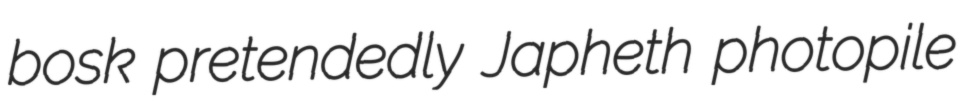
bosk pretendedly Japheth photopile